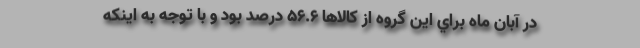
در آبان ماه براي اين گروه از كالاها 56.6 درصد بود و با توجه به اينكه